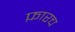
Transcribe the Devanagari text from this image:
फ़ारच